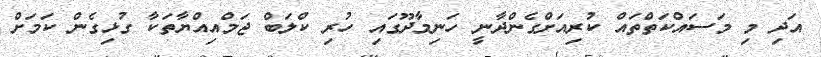
އަދި މި މަސައްކަތްތައް ކުރިއަށްގެންދާނީ ހަނިމާދޫގައި ހުރި ކްލަބް ޖަމްއިއްޔާތަކާ ގުޅިގެން ކަަމަށް